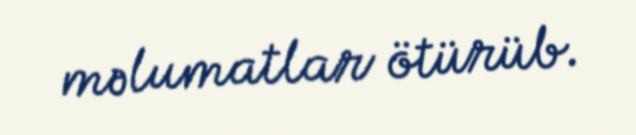
məlumatlar ötürüb.